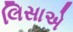
લિસાએ